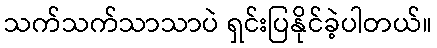
သက်သက်သာသာပဲ ရှင်းပြနိုင်ခဲ့ပါတယ်။